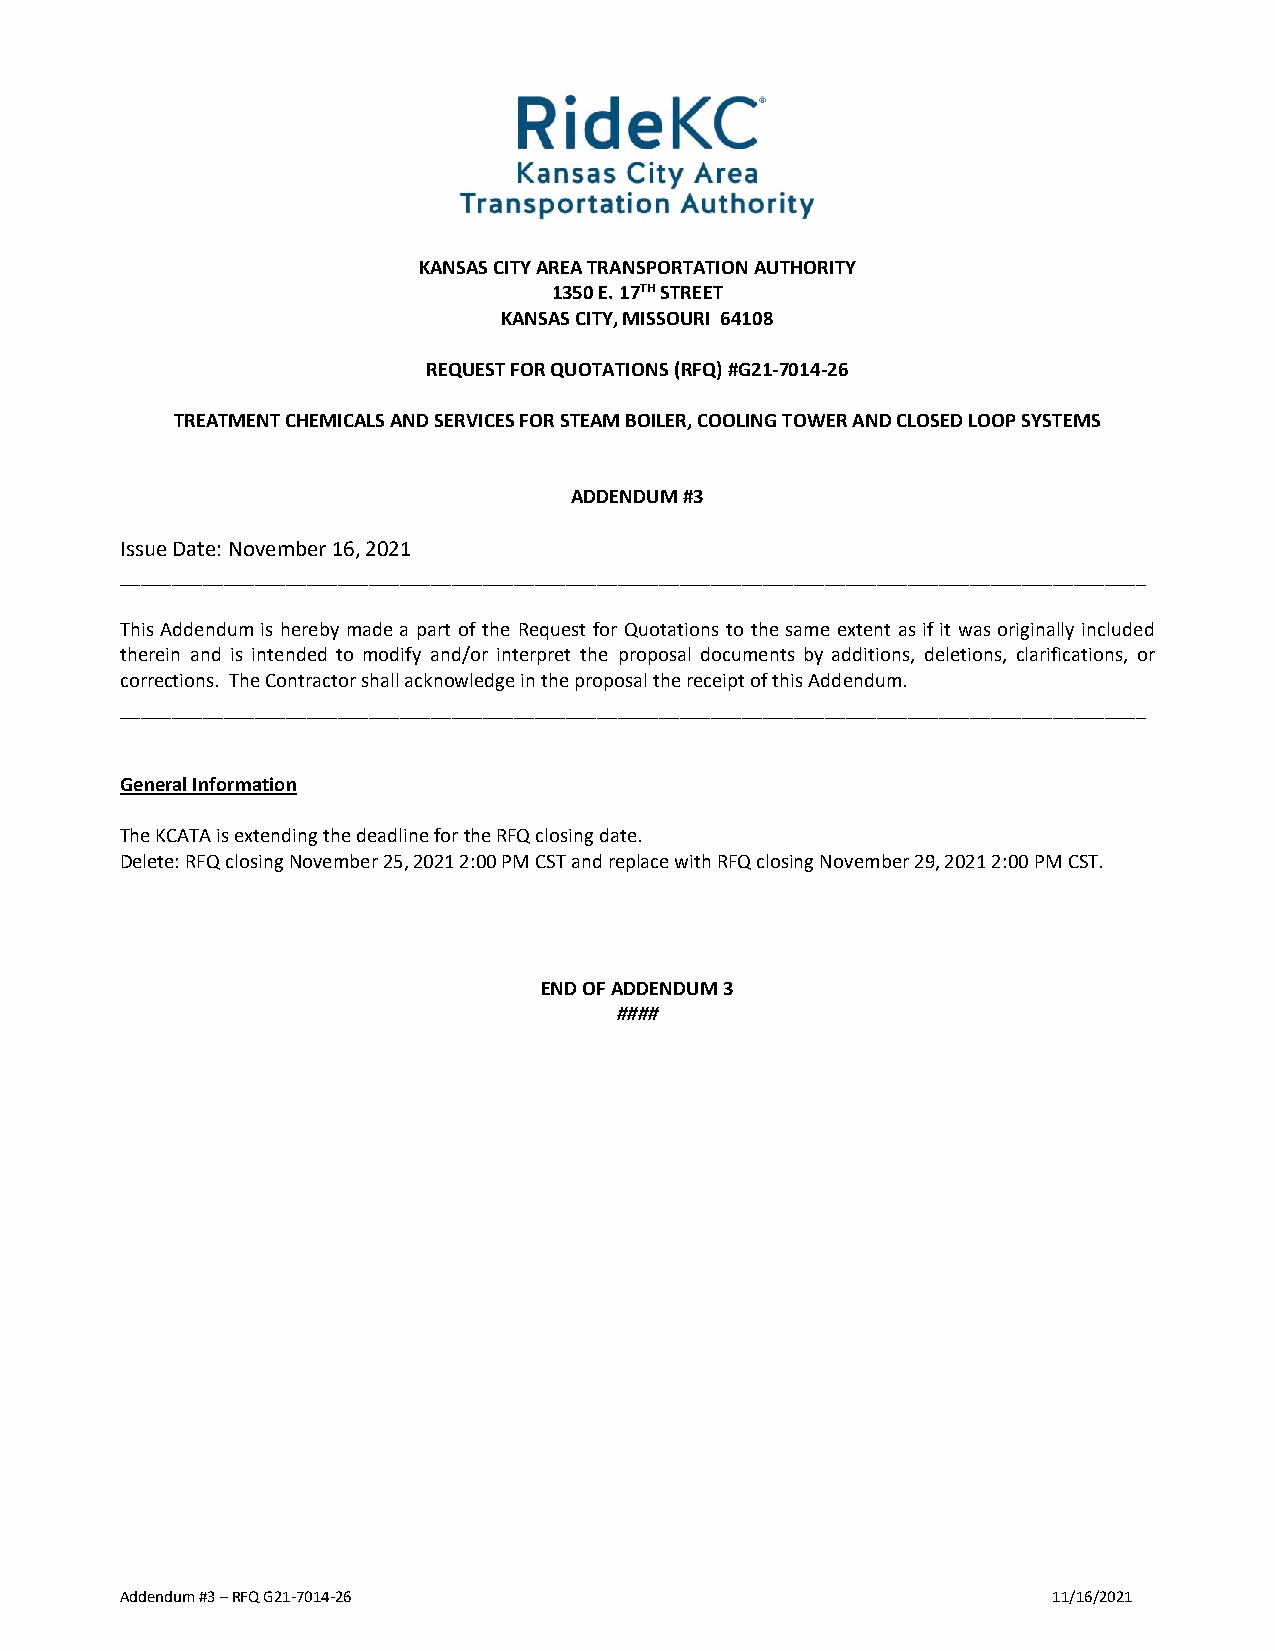
KANSAS CITY AREA TRANSPORTATION AUTHORITY
 1350 E. 17TH STREET
 KANSAS CITY, MISSOURI 64108
 REQUEST FOR QUOTATIONS (RFQ) #G21-7014-26
 TREATMENT CHEMICALS AND SERVICES FOR STEAM BOILER, COOLING TOWER AND CLOSED LOOP SYSTEMS
 ADDENDUM #3
 Issue Date: November 16, 2021
 ___________________________________________________________________________________________________
 This Addendum is hereby made a part of the Request for Quotations to the same extent as if it was originally included
 therein and is intended to modify and/or interpret the proposal documents by additions, deletions, clarifications, or
 corrections. The Contractor shall acknowledge in the proposal the receipt of this Addendum.
 ___________________________________________________________________________________________________
 General Information
 The KCATA is extending the deadline for the RFQ closing date.
 Delete: RFQ closing November 25, 2021 2:00 PM CST and replace with RFQ closing November 29, 2021 2:00 PM CST.
 END OF ADDENDUM 3
 ####
 Addendum #3 – RFQ G21-7014-26                                 11/16/2021